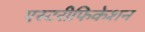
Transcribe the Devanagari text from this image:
एस्टरीफिकेशन